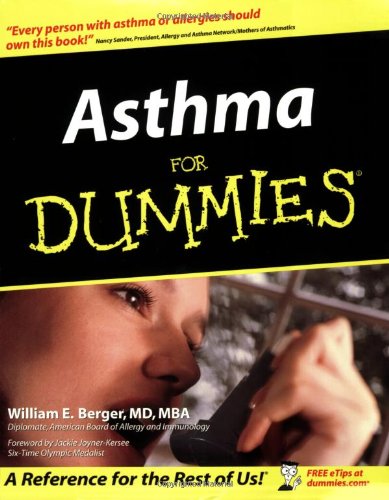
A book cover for Asthma For Dummies; William E. Berger; Health, Fitness & Dieting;